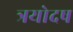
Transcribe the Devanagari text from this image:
त्रयोदष